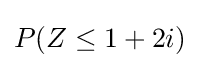
P(Z\leq 1+2i)